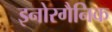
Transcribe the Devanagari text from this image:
इनोरगैनिक